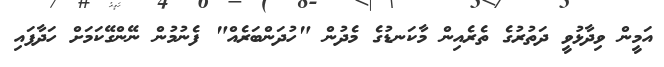
އަމީން ވިދާޅުވީ ދަތުރުގެ ތެރެއިން މާކަނޑުގެ މެދުން "ހުދަންބަރެއް" ފެނުމުން ނޭންގޭކަމަށް ހަދާފައި